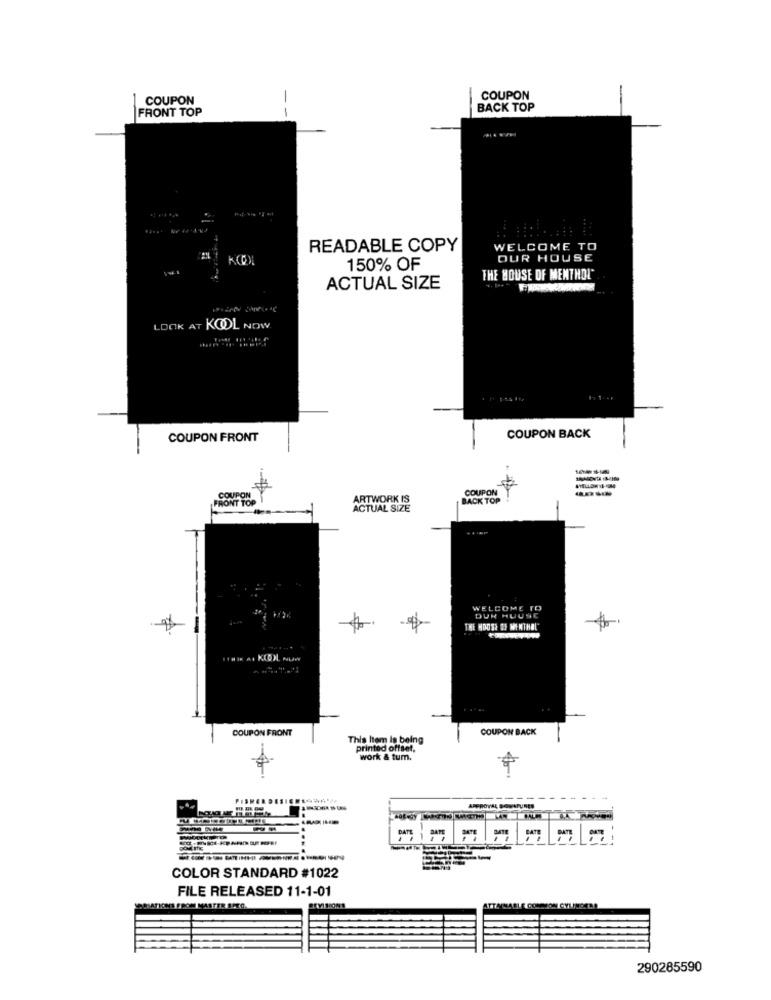
COUPON
COUPON
FRONT TOP
--
BACK TOP
READABLE COPY
WELCOME TO
OUR HOUSE
150% OF
THE HOUSE OF MENTHOL"
ACTUAL SIZE
LOOK AT KOOL NOW
COUPON FRONT
COUPON BACK
COUPON
COUPON
FRONT TOP
ARTWORK IS
BACK TOP
ACTUAL SIZE
WELCOME TO
DUR HUUSE
THE HOUSE OF WENTHAL"
COUPON FRONT
COUPON BACK
This Item is being
printed offset,
work & tum.
-
--
APPROVAL SOMAPURES
DATE 1
COLOR STANDARD #1022
FILE RELEASED 11-1-01
NATIONS FROM MASTER STEO.
ATTAINABLE CONSON GYLANOTAA
290285590